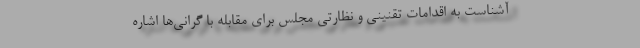
آشناست به اقدامات تقنینی و نظارتی مجلس برای مقابله با گرانی‌ها اشاره